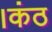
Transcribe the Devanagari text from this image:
।कंठ